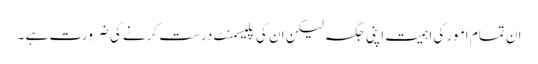
ان تمام امور کی اہمیت اپنی جگہ لیکن ان کی پلیسمنٹ درست کرنے کی ضرورت ہے ۔